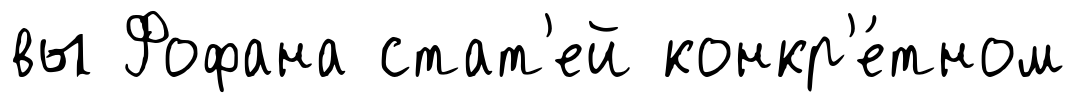
вы Фофана стат'ей конкр'е́тном